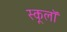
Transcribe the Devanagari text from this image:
स्कूलॉ